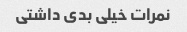
نمرات خیلی بدی داشتی